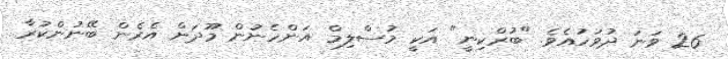
26 ވަނަ ދުވަހުއެވެ. "ބުރްކިނީ" އަކީ މުސްލިމް އަންހެނުން މޫދަށް އެރެން ބޭނުންކުރާ